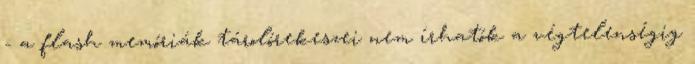
- a flash memóriák tárolórekeszei nem írhatók a végtelenségig